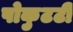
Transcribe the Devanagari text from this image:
पोकुटटी